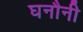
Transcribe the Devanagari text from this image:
घनौनी